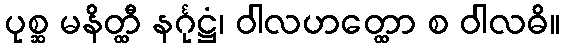
ပုစ္ဆ မနိတ္ထီ နင်္ဂုဋ္ဌံ၊ ဝါလဟတ္ထော စ ဝါလဓိ။